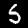
Digit: 5